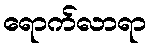
ရောက်လာရာ